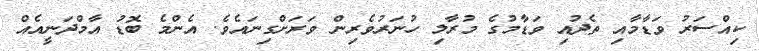
ކިއްސަރު ވަޑާމާއި ތެދުއި ވަޑާމުގެ މުރާލި ހުނަރުވެރިން ވަރަށްގިނައެވެ. އެންމެ ބޮޑު އާމްދަނީއެއް